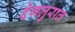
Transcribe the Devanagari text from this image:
देगलुरात